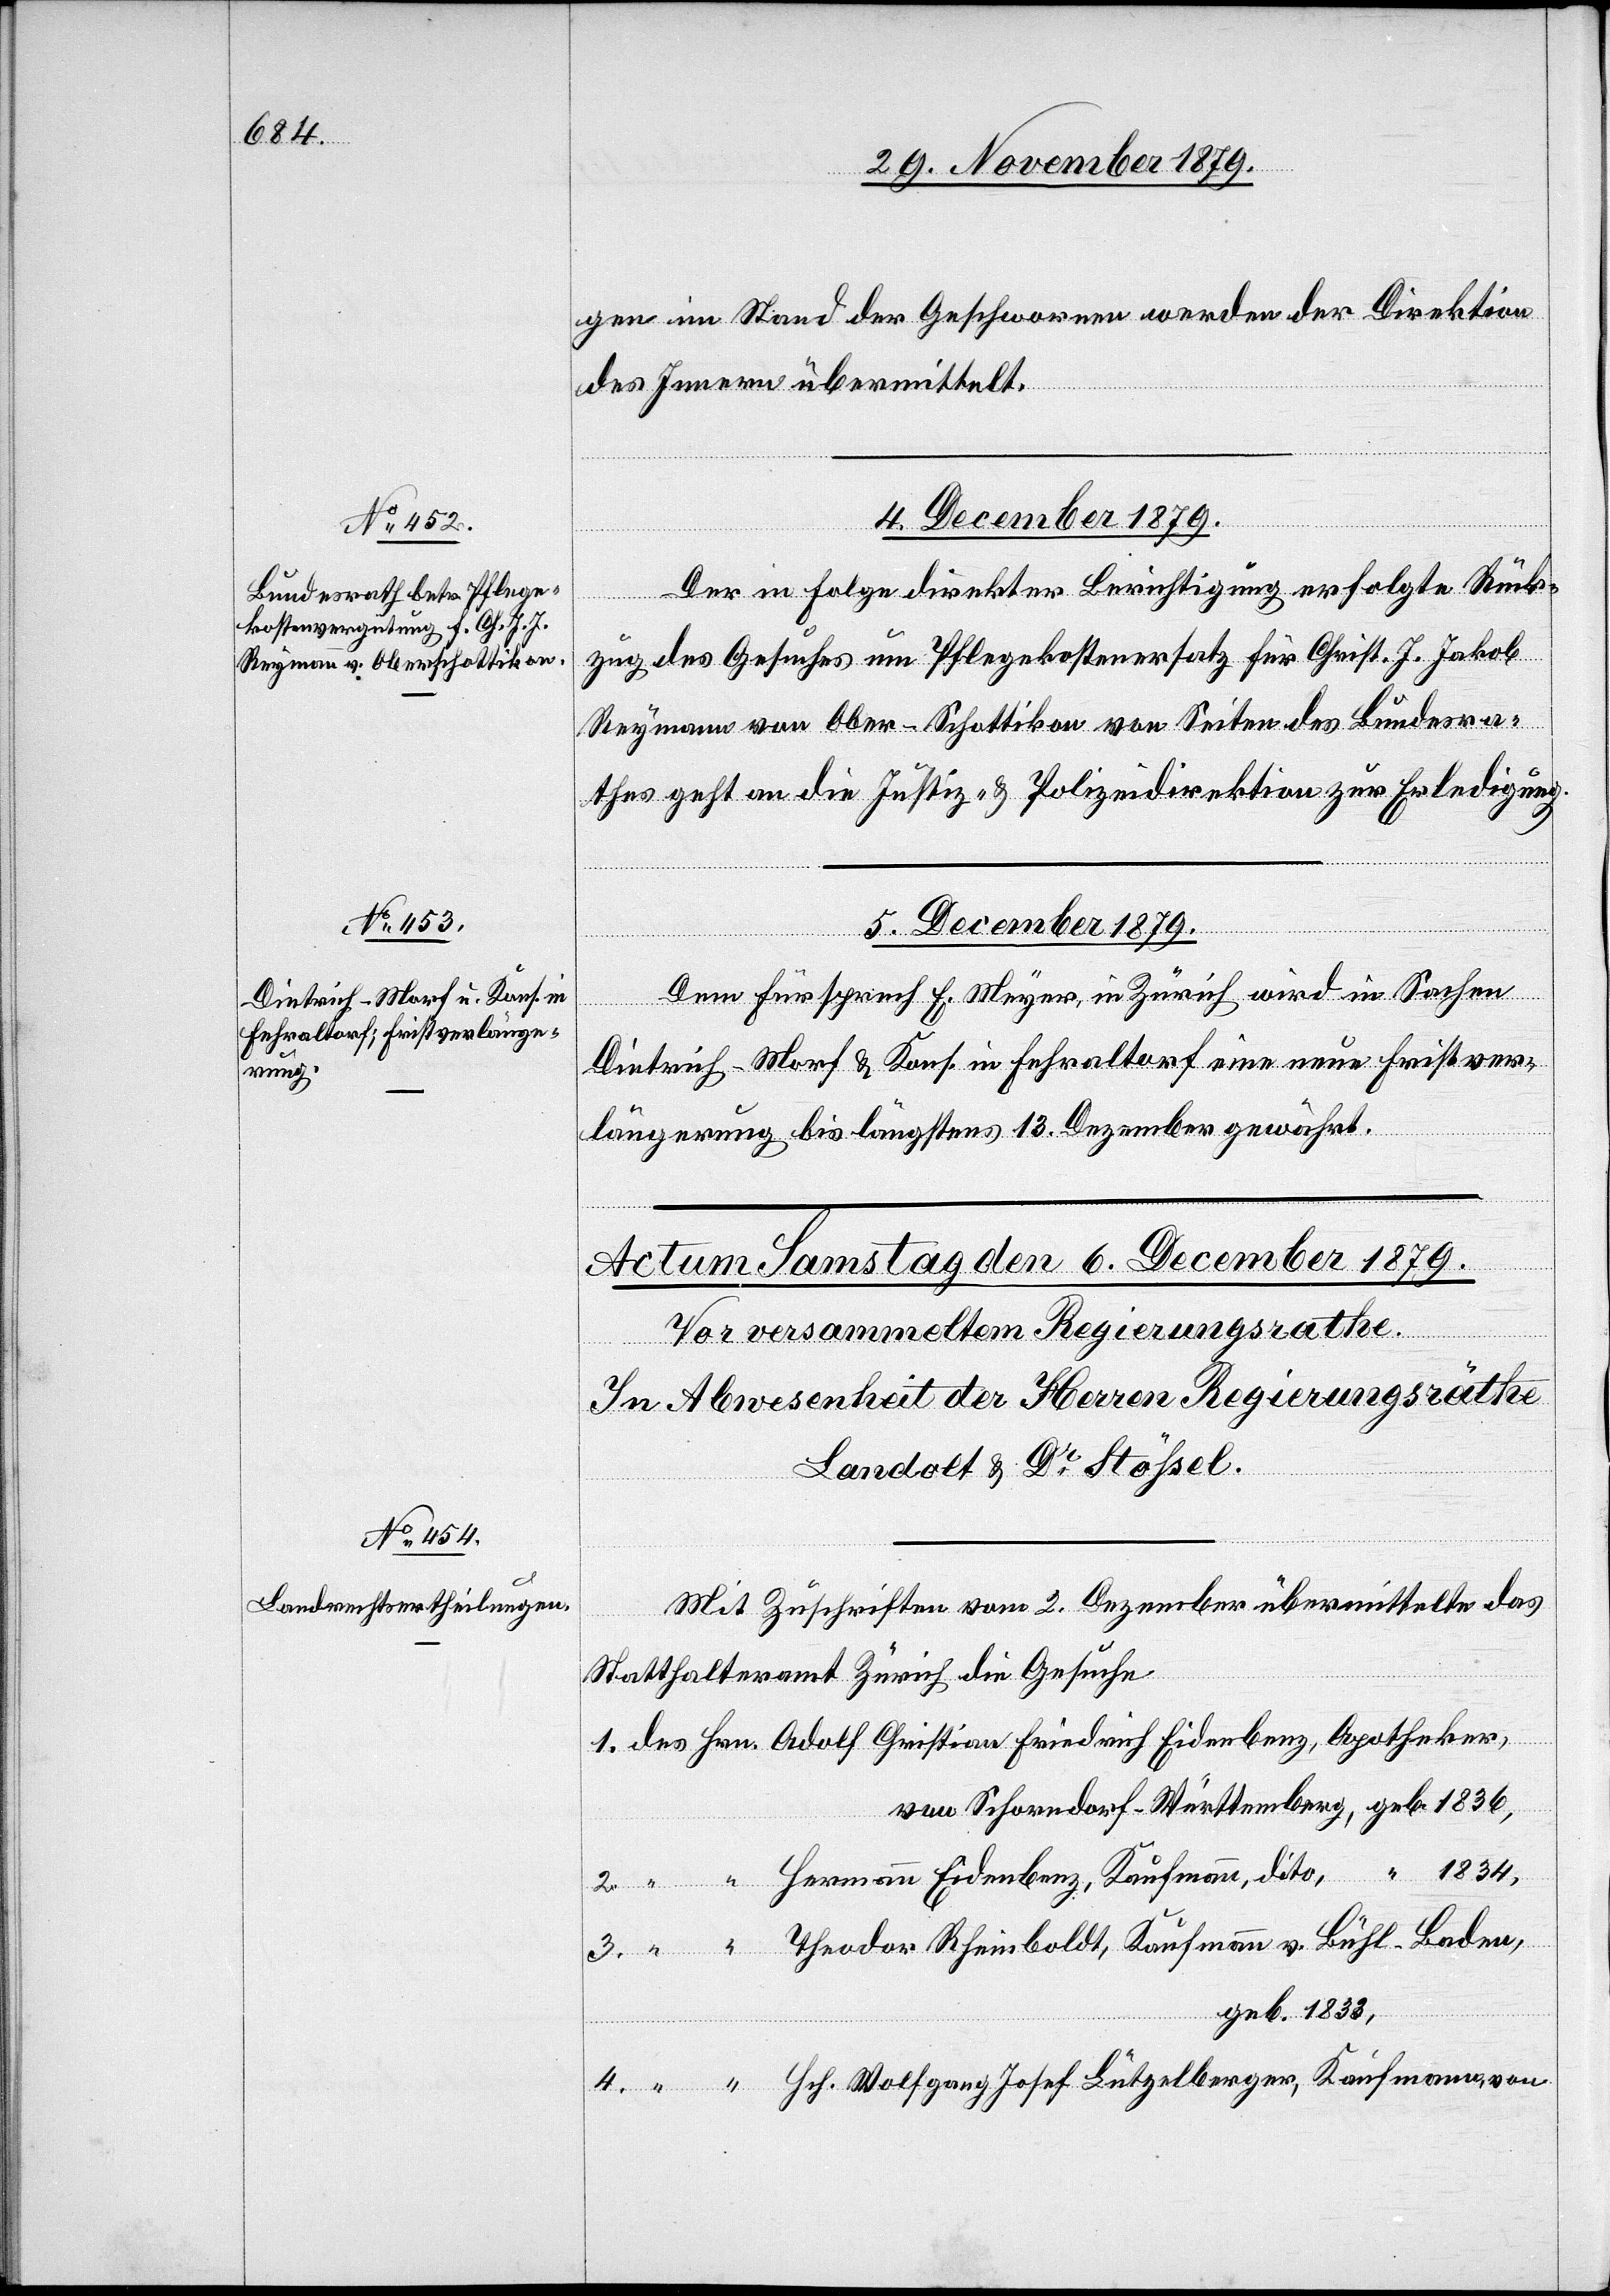
1834,

en im Stand der Geschworenen werden der Direktion
des Innern übermittelt.
4. December 1879.
Der in Folge direkter Berichtigung erfolgte Rück¬
zug des Gesuches um Pflegekostenersatz für Christ. J. Jakob
Reymann von Ober-Schottikon [sic!] von Seiten des Bundesra¬
thes geht an die Justiz- & Polizeidirektion zur Erledigung.
“
5. December 1879.
Dem Fürsprech E. Meyer, in Zürich wird in Sachen
Dietrich-Morf & Kons. in Fehraltorf eine neue Fristver¬
längerung bis längstens 13. Dezember gewährt.
Mit Zuschriften vom 2. Dezember übermittelte das
1.
Statthalteramt Zürich die Gesuche